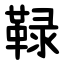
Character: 䩮